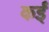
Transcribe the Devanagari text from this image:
कईँ